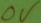
Text: 0V